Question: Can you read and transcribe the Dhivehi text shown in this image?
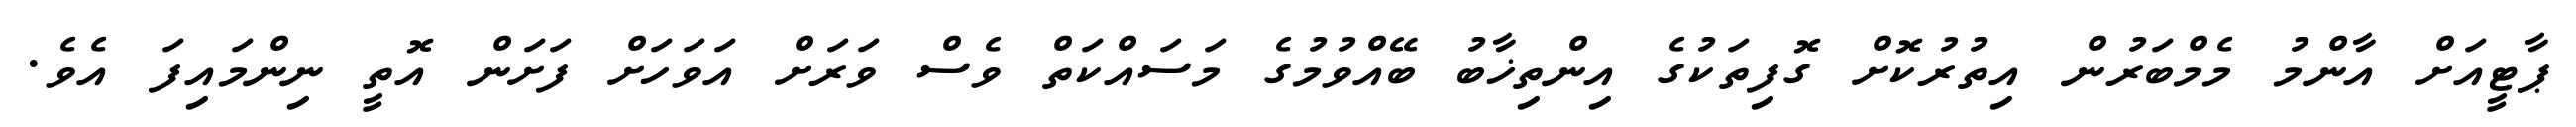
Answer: ޕާޓީއަށް އާންމު މެމްބަރުން އިތުރުކޮށް ގޮފިތަކުގެ އިންތިޚާބު ބޭއްވުމުގެ މަސައްކަތް ވެސް ވަރަށް އަވަހަށް ފަށަން އޮތީ ނިންމައިފަ އެވެ.